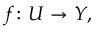
f \colon U \to Y ,